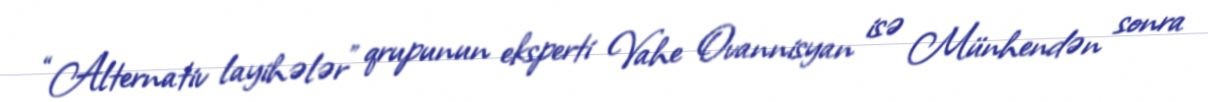
“Alternativ layihələr” qrupunun eksperti Vahe Ovannisyan isə Münhendən sonra